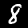
Label: 8